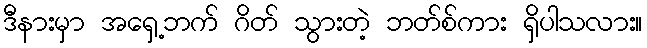
ဒီနားမှာ အရှေ့ဘက် ဂိတ် သွားတဲ့ ဘတ်စ်ကား ရှိပါသလား။